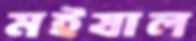
মইষাল